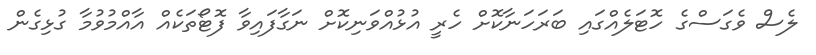
ލެސް ވެގަސްގެ ހޮޓަލެއްގައި ބަރަހަނާކޮށް ހެރީ އުޅުއްވަނިކޮށް ނަގާފައިވާ ފޮޓޯތަކެއް އާއްމުވުމާ ގުޅިގެން